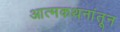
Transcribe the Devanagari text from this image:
आत्मकथनांतून